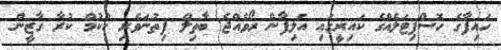
ހައިފާގެ ހޮސްޕިޓަލެއްގެ ކައިރީގައި އަލިފާން ރޯވެއްޖެ ބާތިލް ފިތުނަވެރި ހުކުމް ކުރާ ގާޒީން